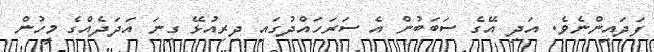
ފަދައިންނެވެ. އަދި އޭގެ ސަބަބުން އެ ސަރަހައްދުގައި ދިރިއުޅޭ ގިނަ އަދަދެއްގެ މީހުން